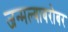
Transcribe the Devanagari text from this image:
जन्मल्याबरोबर